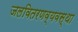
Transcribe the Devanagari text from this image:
जलवितरणव्यवस्था